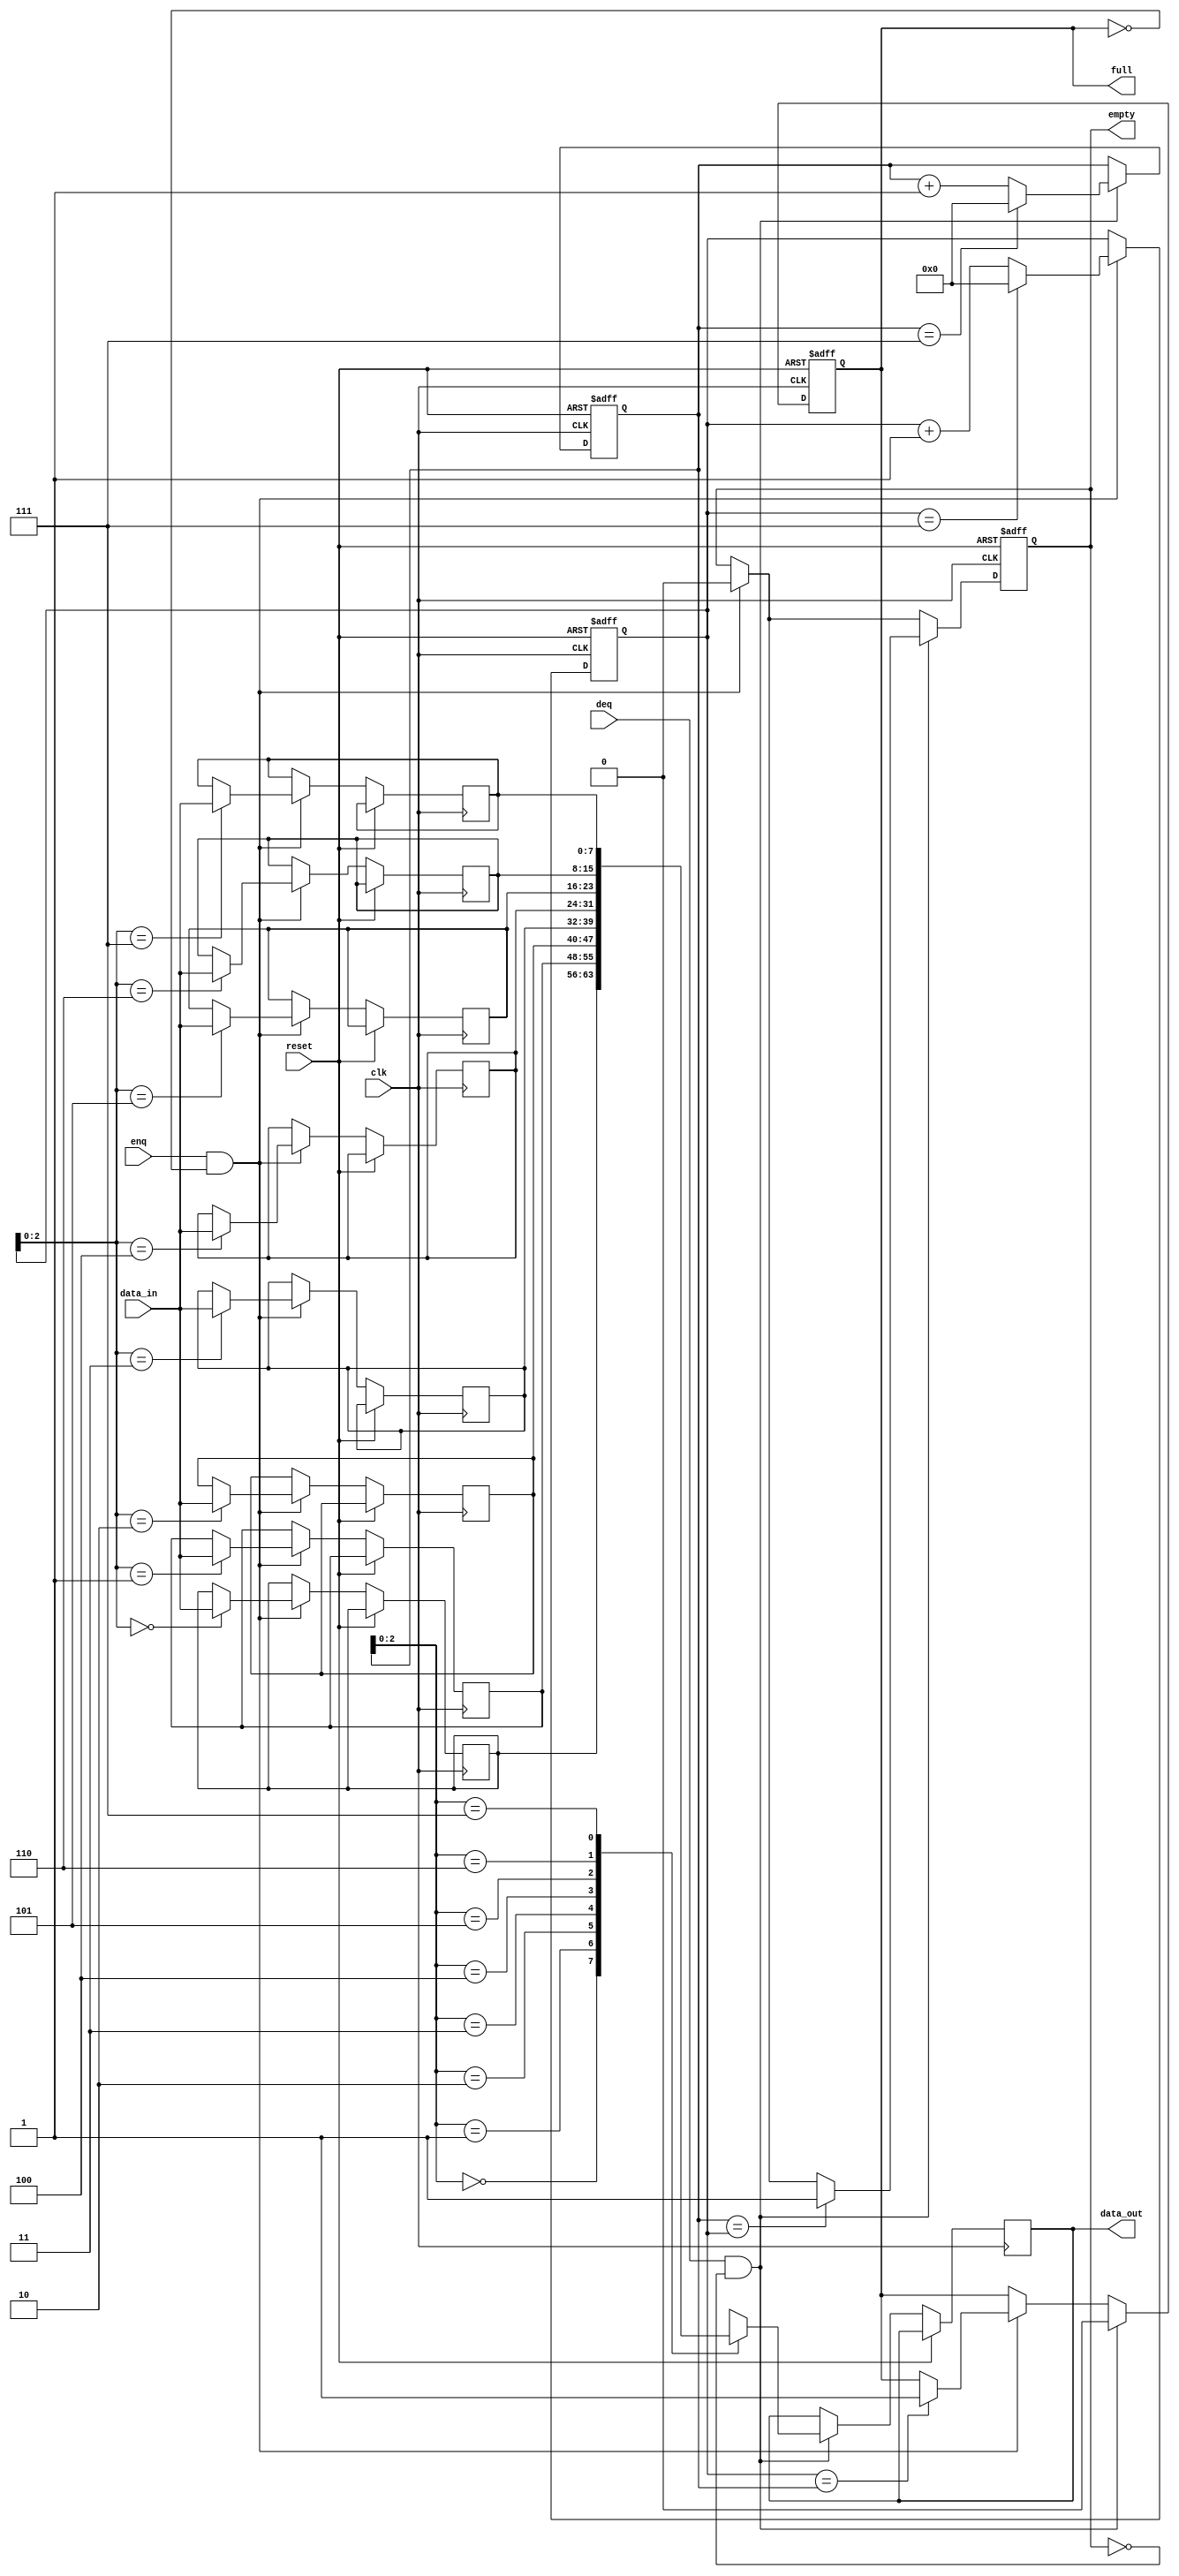
module CircularFIFO(
  input wire clk,
  input wire reset,
  input wire enq,
  input wire deq,
  input wire [DATA_WIDTH-1:0] data_in,
  output reg [DATA_WIDTH-1:0] data_out,
  output reg full,
  output reg empty
);

parameter BUFFER_SIZE = 8;
parameter DATA_WIDTH = 8;

reg [DATA_WIDTH-1:0] buffer[BUFFER_SIZE - 1:0];
reg [DATA_WIDTH-1:0] read_ptr;
reg [DATA_WIDTH-1:0] write_ptr;

always @(posedge clk or posedge reset)
begin
  if (reset)
  begin
    read_ptr <= 0;
    write_ptr <= 0;
    full <= 0;
    empty <= 1;
  end
  else
  begin
    if (enq && !full)
    begin
      buffer[write_ptr] <= data_in;
      write_ptr <= write_ptr + 1;
      if (write_ptr == BUFFER_SIZE - 1)
        write_ptr <= 0;
      if (write_ptr == read_ptr)
        full <= 1;
      empty <= 0;
    end
    if (deq && !empty)
    begin
      data_out <= buffer[read_ptr];
      read_ptr <= read_ptr + 1;
      if (read_ptr == BUFFER_SIZE - 1)
        read_ptr <= 0;
      if (read_ptr == write_ptr)
        empty <= 1;
      full <= 0;
    end
  end
end

endmodule